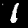
Label: 1